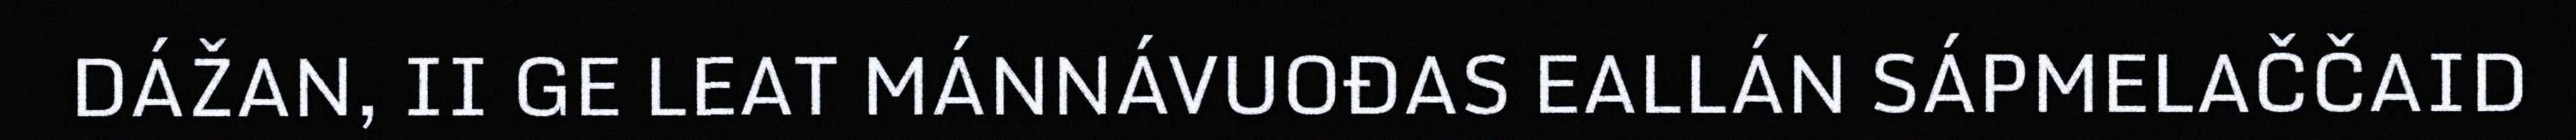
DÁŽAN, II GE LEAT MÁNNÁVUOĐAS EALLÁN SÁPMELAČČAID